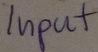
Text: Input